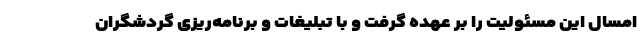
امسال این مسئولیت را بر عهده گرفت و با تبلیغات و برنامه‌ریزی گردشگران